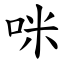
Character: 咪